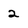
Character: 2